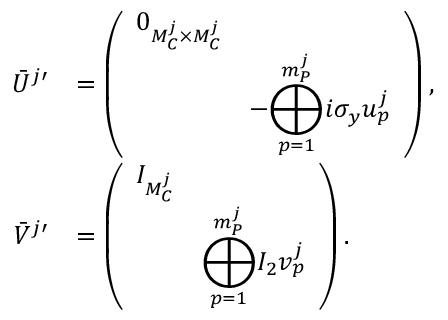
\begin{array} { r l } { \bar { U } ^ { j \prime } } & { = \left( \begin{array} { l l } { 0 _ { M _ { C } ^ { j } \times M _ { C } ^ { j } } } & \\ & { - \displaystyle { \bigoplus _ { p = 1 } ^ { m _ { P } ^ { j } } } i \sigma _ { y } u _ { p } ^ { j } } \end{array} \right) , } \\ { \bar { V } ^ { j \prime } } & { = \left( \begin{array} { l l } { I _ { M _ { C } ^ { j } } } & \\ & { \displaystyle { \bigoplus _ { p = 1 } ^ { m _ { P } ^ { j } } } I _ { 2 } v _ { p } ^ { j } } \end{array} \right) . } \end{array}